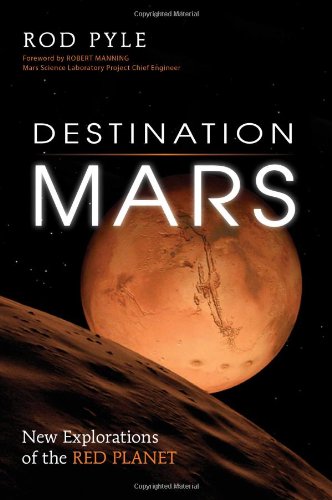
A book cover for Destination Mars: New Explorations of the Red Planet; Rod Pyle; Science & Math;